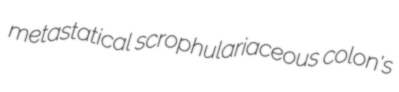
metastatical scrophulariaceous colon's